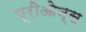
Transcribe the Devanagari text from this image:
प्रीओन्स